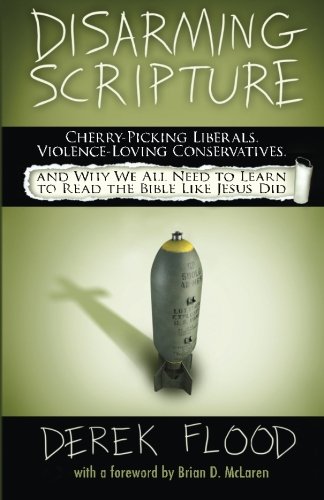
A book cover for Disarming Scripture: Cherry-Picking Liberals, Violence-Loving Conservatives, and Why We All Need to Learn to Read the Bible Like Jesus Did; Derek Flood; Christian Books & Bibles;